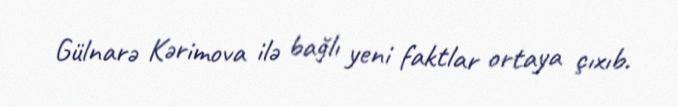
Gülnarə Kərimova ilə bağlı yeni faktlar ortaya çıxıb.